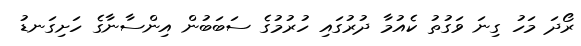
ރޯދަ މަހު ގިނަ ވަގުތު ކެއުމާ ދުރުގައި ހުރުމުގެ ސަބަބުން އިންސާނާގެ ހަށިގަނޑު